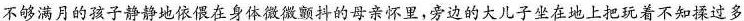
\underline{不够满月的孩子静静地依偎在身体微微颤抖的母亲怀里，旁边的大儿子坐在地上把玩着不知揉过多}